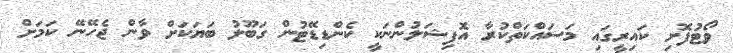
ވޯޓުފޮށި ކައިރީގައި މަސައްކަތްކުރާ އޮފިޝަލުންނަކީ ކެންޑިޑޭޓުން ގަބޫލު ބަޔަކަށް ވާން ޖެހޭނޭ ކަމަށް